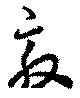
敦